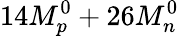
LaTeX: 14M_{p}^{0}+26M_{n}^{0}